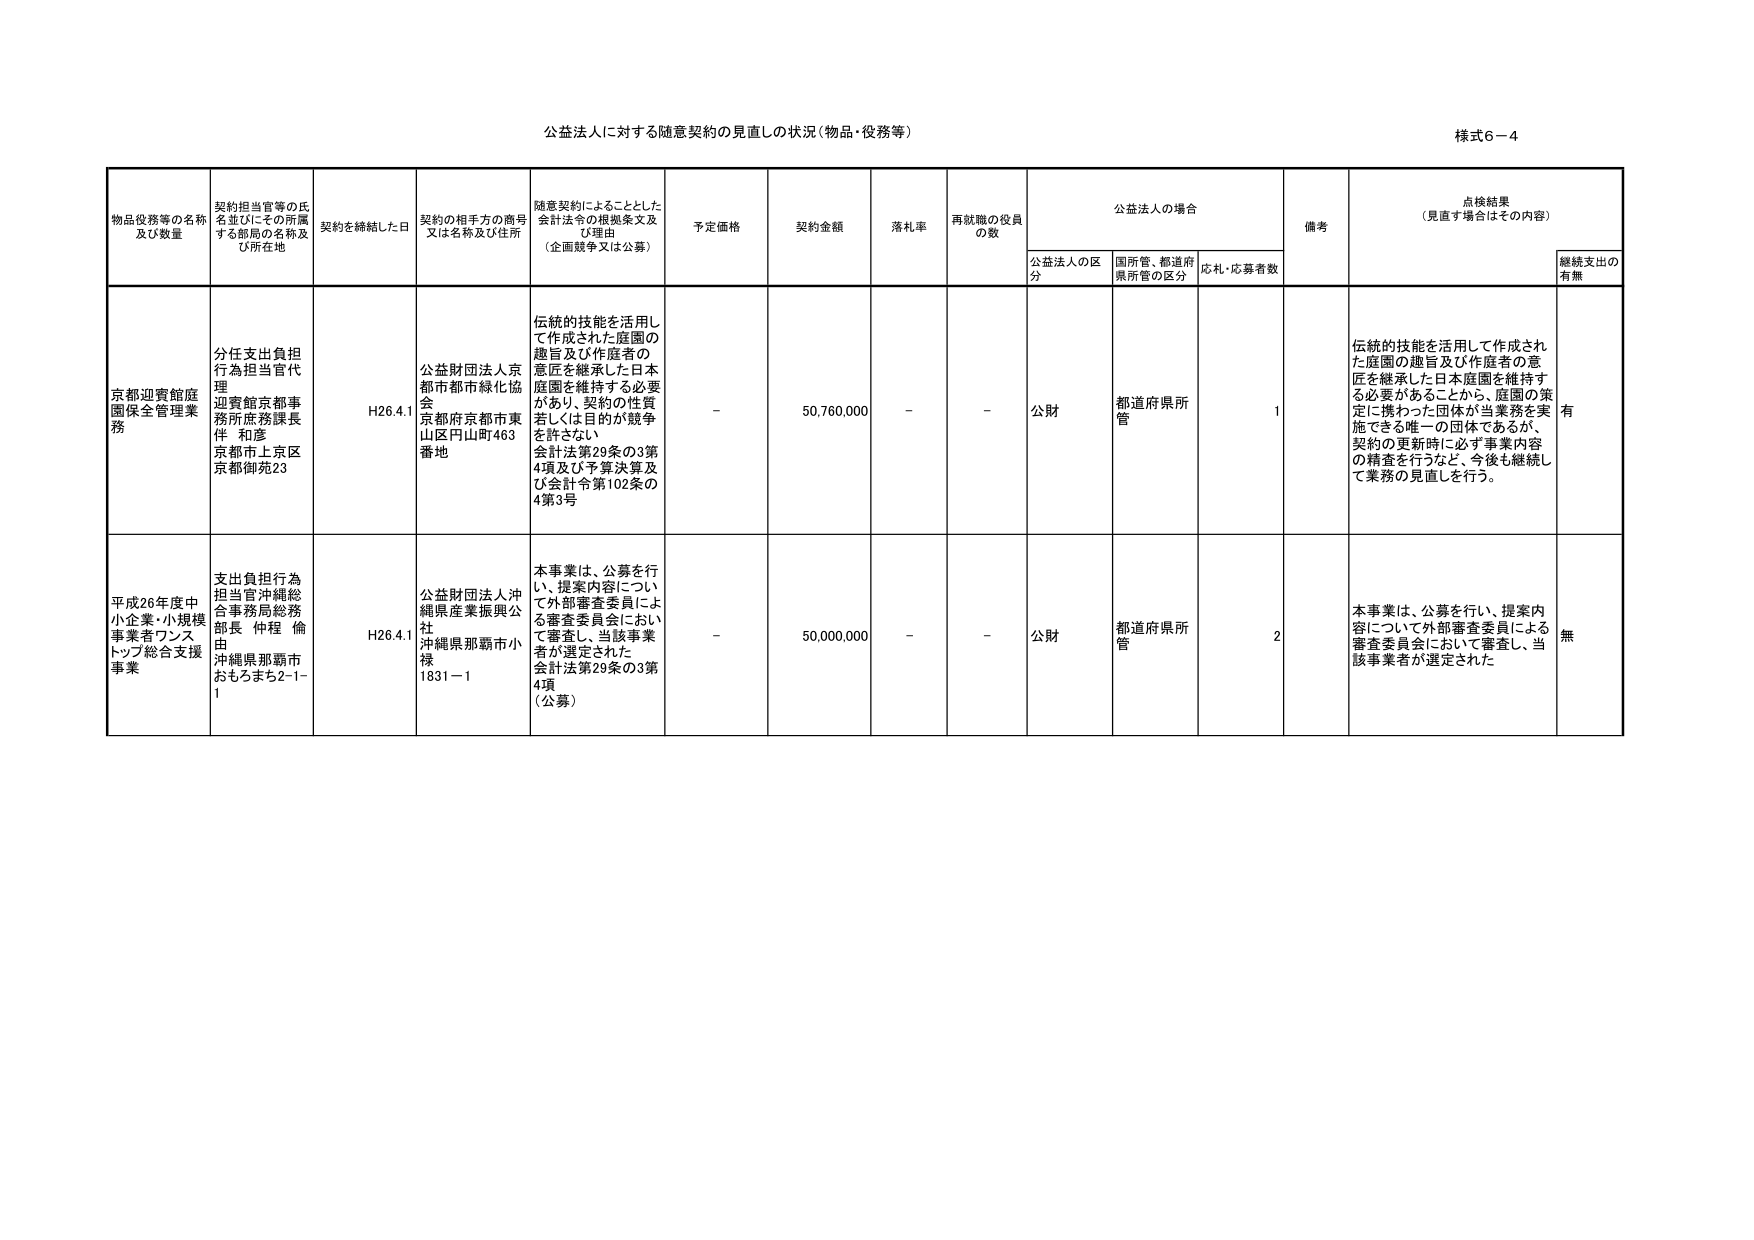
公益法人に対する随意契約の見直しの状況（物品・役務等）
様式6－4

物品役務等の名称
及び数量
契約担当官等の氏名並びにその所属する部局の名称及び所在地
契約を締結した日
契約の相手方の商号又は名称及び住所
随意契約によることとした会計法令の根拠条文及び理由
（企画競争又は公募）
予定価格
契約金額
落札率
再就職の役員の数
公益法人の場合
備考
点検結果
（見直す場合はその内容）

公益法人の区分
国所管、都道府県所管の区分
応札・応募者数
継続支出の有無

京都迎賓館庭園保全管理業務
分任支出負担行為担当官代理
迎賓館京都事務所庶務課長伴 和彦
京都市上京区京都御苑23
H26.4.1
公益財団法人京都市都市緑化協会
京都市京都市東山区円山町463番地
伝統的技能を活用して作成された庭園の趣旨及び作庭者の意匠を継承した日本庭園を維持する必要があり、契約の性質若しくは目的が競争を許さない
会計法第29条の3第4項及び予算決算及び会計令第102条の4第3号
－
50,760,000
－
－
公財
都道府県所管
1
伝統的技能を活用して作成された庭園の趣旨及び作庭者の意匠を継承した日本庭園を維持する必要があることから、庭園の策定に携わった団体が当業務を実施できる唯一の団体であるが、契約の更新時に必ず事業内容の精査を行うなど、今後も継続して業務の見直しを行う。
有

平成26年度中小企業・小規模事業者ワンストップ総合支援事業
支出負担行為担当官沖縄総合事務局総務部長 仲程 倫由
沖縄県那覇市おもろまち2-1-1
H26.4.1
公益財団法人沖縄県産業振興公社
沖縄県那覇市小禄1831－1
本事業は、公募を行い、提案内容について外部審査委員による審査委員会において審査し、当該事業者が選定された
会計法第29条の3第4項（公募）
－
50,000,000
－
－
公財
都道府県所管
2
本事業は、公募を行い、提案内容について外部審査委員による審査委員会において審査し、当該事業者が選定された
無